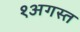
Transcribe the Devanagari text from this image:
१अगस्त